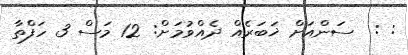
: :  ސަންއަށް ޚަބަރެއް ދެއްވުމަށް: 12 މަސް 3 ހަފްތާ